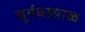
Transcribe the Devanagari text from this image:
सूर्यघडय़ाळ